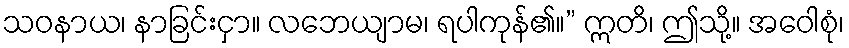
သဝနာယ၊ နာခြင်းငှာ။ လဘေယျာမ၊ ရပါကုန်၏။” ဣတိ၊ ဤသို့။ အဝေါစုံ၊